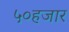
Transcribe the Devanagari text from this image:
५०हजार